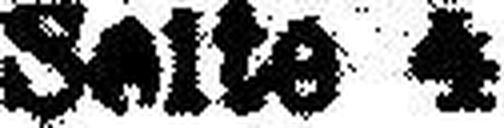
Seite 4